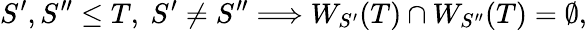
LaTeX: S^{\prime},S^{\prime\prime}\leq T,\ S^{\prime}\not=S^{\prime\prime}\Longrightarrow W_{S^{\prime}}(T)\cap W_{S^{\prime\prime}}(T)=\emptyset,